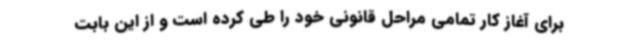
برای آغاز کار تمامی مراحل قانونی خود را طی کرده است و از این بابت